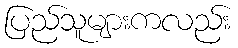
ပြည်သူများကလည်း